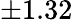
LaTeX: \pm 1.32\